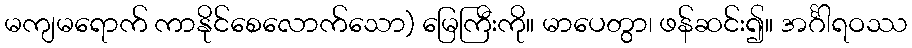
မကျမရောက် ကာနိုင်စေလောက်သော) မြေကြီးကို။ မာပေတွာ၊ ဖန်ဆင်း၍။ အင်္ဂါရဝဿ